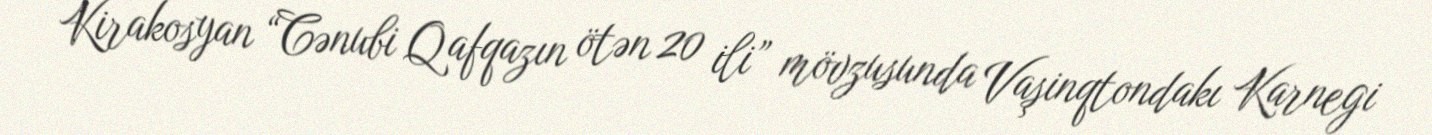
Kirakosyan “Cənubi Qafqazın ötən 20 ili” mövzusunda Vaşinqtondakı Karnegi